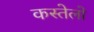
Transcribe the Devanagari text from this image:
कस्तेलो